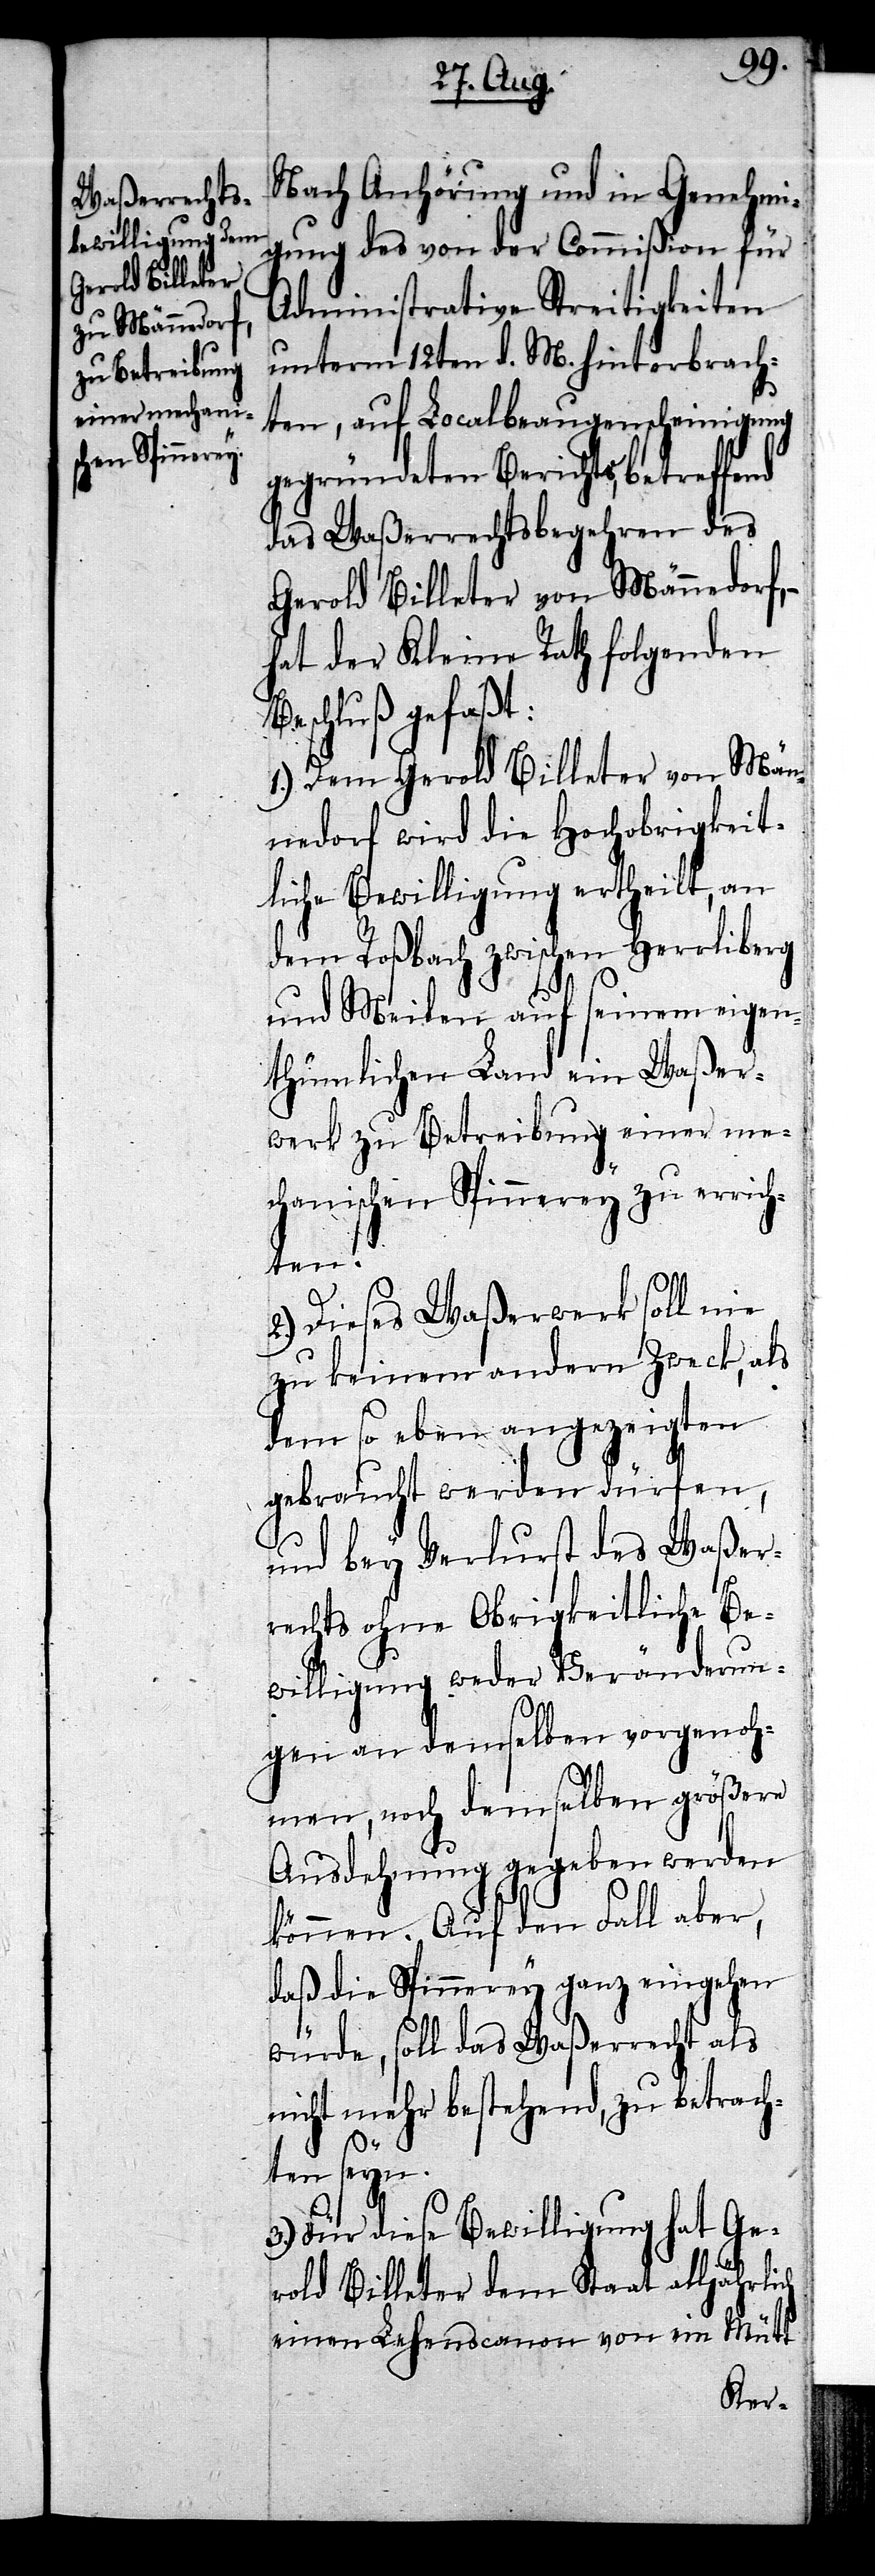
ch
Nach Anhörung und in Genehmi¬
gung des von der Commißion für
Administrative Streitigkeiten
unterm 12ten d. M. hinterbrach¬
ten, auf Localbeaugenscheinigung
gegründeten Berichts, betreffend
das Waßerrechtsbegehren des
Gerold Billeter von Männedorf,
hat der Kleine Rath folgenden
Beschluß gefaßt:
1.) Dem Gerold Billeter von Män¬
nedorf wird die Hochobrigkeit¬
liche Bewilligung ertheilt, an
dem Roßbach zwischen Herrliberg
und Meilen auf seinem eigen¬
thümlichen Land ein Waßer¬
werk zu Betreibung einer me¬
chanischen Spinnerey zu errich¬
ten.
2.) Dieses Waßerwerk soll nie
zu keinem andern Zweck, als
dem so eben angezeigten
gebraucht werden dürfen,
und bey Verlurst des Waßer¬
rechts ohne Obrigkeitliche Be¬
willigung weder Veränderun¬
gen an demselben vorgenoh¬
men, noch demselben größere
Ausdehnung gegeben werden
können. Auf den Fall aber,
daß die Spinnerey ganz eingehen
würde, soll das Waßerrecht als
nicht mehr bestehend, zu betrach¬
ten seyn.
3.) Für die Bewilligung hat Ge¬
rold Billeter dem Staat alljährli¬
einen Lehenscanon von ein Mütt